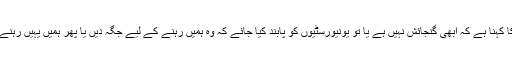
’انتظامیہ کا کہنا ہے کہ ابھی گنجائش نہیں ہے یا تو یونیورسٹیوں کو پابند کیا جائے کہ وہ ہمیں رہنے کے لیے جگہ دیں یا پھر ہمیں یہیں رہنے دیا جائے۔